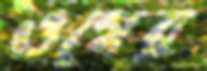
ওগের